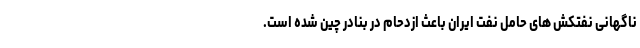
ناگهانی نفتکش های حامل نفت ایران باعث ازدحام در بنادر چین شده است.